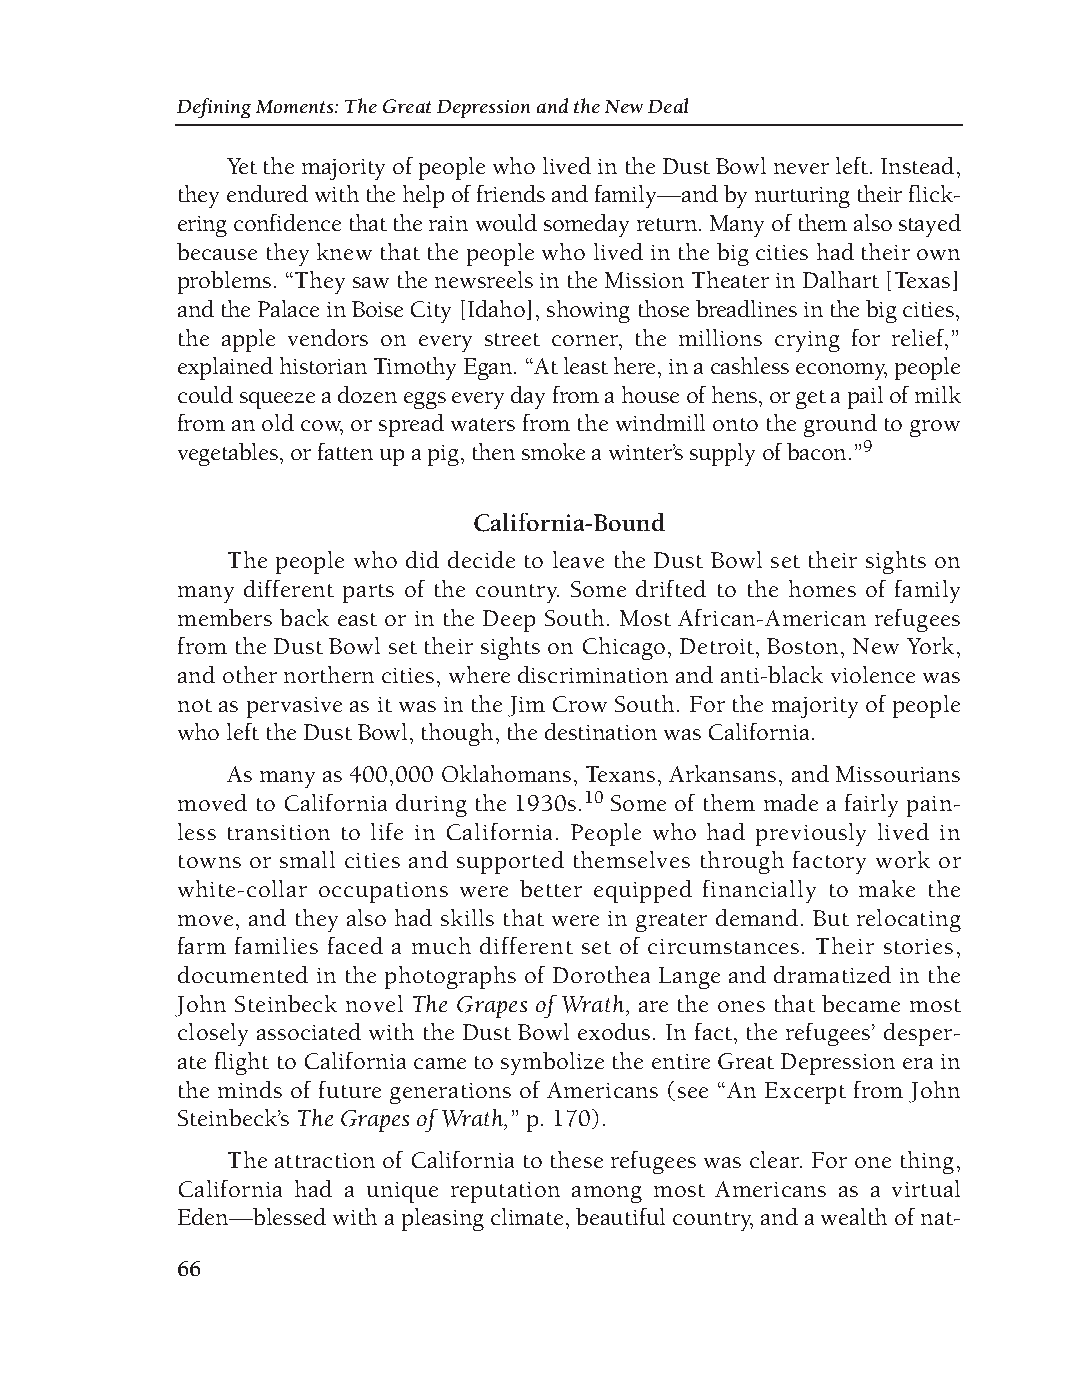
DM - Depression 9/19/08 3:56 PM Page 66
 Defining Moments: The Great Depression and the New Deal
 Yet the majority of people who lived in the Dust Bowl never left. Instead,
 they endured with the help of friends and family—and by nurturing their flick-
 ering confidence that the rain would someday return. Many of them also stayed
 because they knew that the people who lived in the big cities had their own
 problems. “They saw the newsreels in the Mission Theater in Dalhart [Texas]
 and the Palace in Boise City [Idaho], showing those breadlines in the big cities,
 the apple vendors on every street corner, the millions crying for relief,”
 explained historian Timothy Egan. “At least here, in a cashless economy, people
 could squeeze a dozen eggs every day from a house of hens, or get a pail of milk
 from an old cow, or spread waters from the windmill onto the ground to grow
 vegetables, or fatten up a pig, then smoke a winter’s supply of bacon.”9
 California-Bound
 The people who did decide to leave the Dust Bowl set their sights on
 many different parts of the country. Some drifted to the homes of family
 members back east or in the Deep South. Most African-American refugees
 from the Dust Bowl set their sights on Chicago, Detroit, Boston, New York,
 and other northern cities, where discrimination and anti-black violence was
 not as pervasive as it was in the Jim Crow South. For the majority of people
 who left the Dust Bowl, though, the destination was California.
 As many as 400,000 Oklahomans, Texans, Arkansans, and Missourians
 moved to California during the 1930s.10 Some of them made a fairly pain-
 less transition to life in California. People who had previously lived in
 towns or small cities and supported themselves through factory work or
 white-collar occupations were better equipped financially to make the
 move, and they also had skills that were in greater demand. But relocating
 farm families faced a much different set of circumstances. Their stories,
 documented in the photographs of Dorothea Lange and dramatized in the
 John Steinbeck novel The Grapes of Wrath, are the ones that became most
 closely associated with the Dust Bowl exodus. In fact, the refugees’ desper-
 ate flight to California came to symbolize the entire Great Depression era in
 the minds of future generations of Americans (see “An Excerpt from John
 Steinbeck’s The Grapes of Wrath,” p. 170).
 The attraction of California to these refugees was clear. For one thing,
 California had a unique reputation among most Americans as a virtual
 Eden—blessed with a pleasing climate, beautiful country, and a wealth of nat-
 66